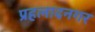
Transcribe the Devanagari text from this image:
प्रहलादनगर